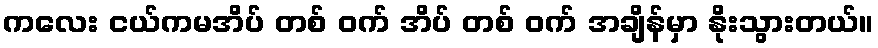
ကလေး ငယ်ကမအိပ် တစ် ဝက် အိပ် တစ် ဝက် အချိန်မှာ နိုးသွားတယ်။